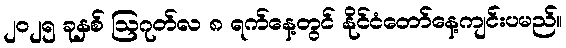
၂၀၂၅ ခုနှစ် ဩဂုတ်လ ၈ ရက်နေ့တွင် နိုင်ငံတော်နေ့ကျင်းပမည်။